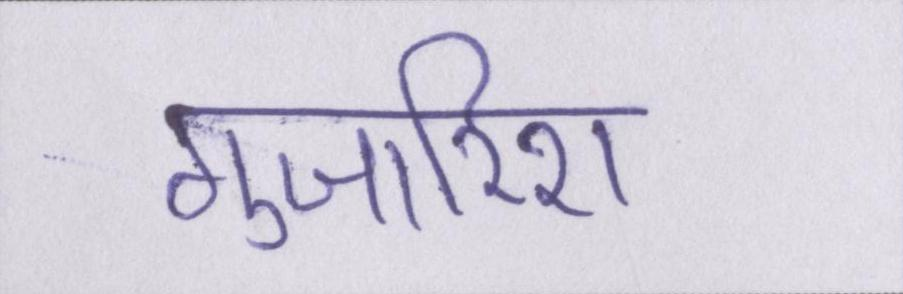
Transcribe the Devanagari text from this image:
गुजारिश